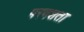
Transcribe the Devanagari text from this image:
परवशता